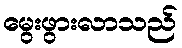
မွေးဖွားလာသည်